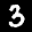
Label: 3